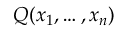
Q ( x _ { 1 } , \ldots , x _ { n } )